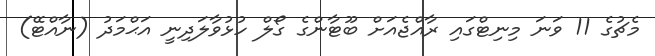
މެޗުގެ 11 ވަނަ މިނިޓްގައި ރާއްޖެއަށް ބޫޓާންގެ ގޯލް ހުޅުވާލަދިނީ އަޙްމަދު (ނާއްޓޭ)